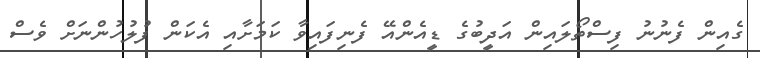
ގެއިން ފެނުނު ފިސްތޯލައިން އަދީބުގެ ޑީއެންއޭ ފެނިފައިވާ ކަމަށާއި އެކަން ފުލުހުންނަށް ވެސް